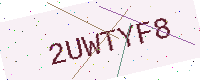
Text: 2UWTYF8